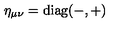
\eta _ { \mu \nu } = \mathrm { d i a g ( - , + ) }